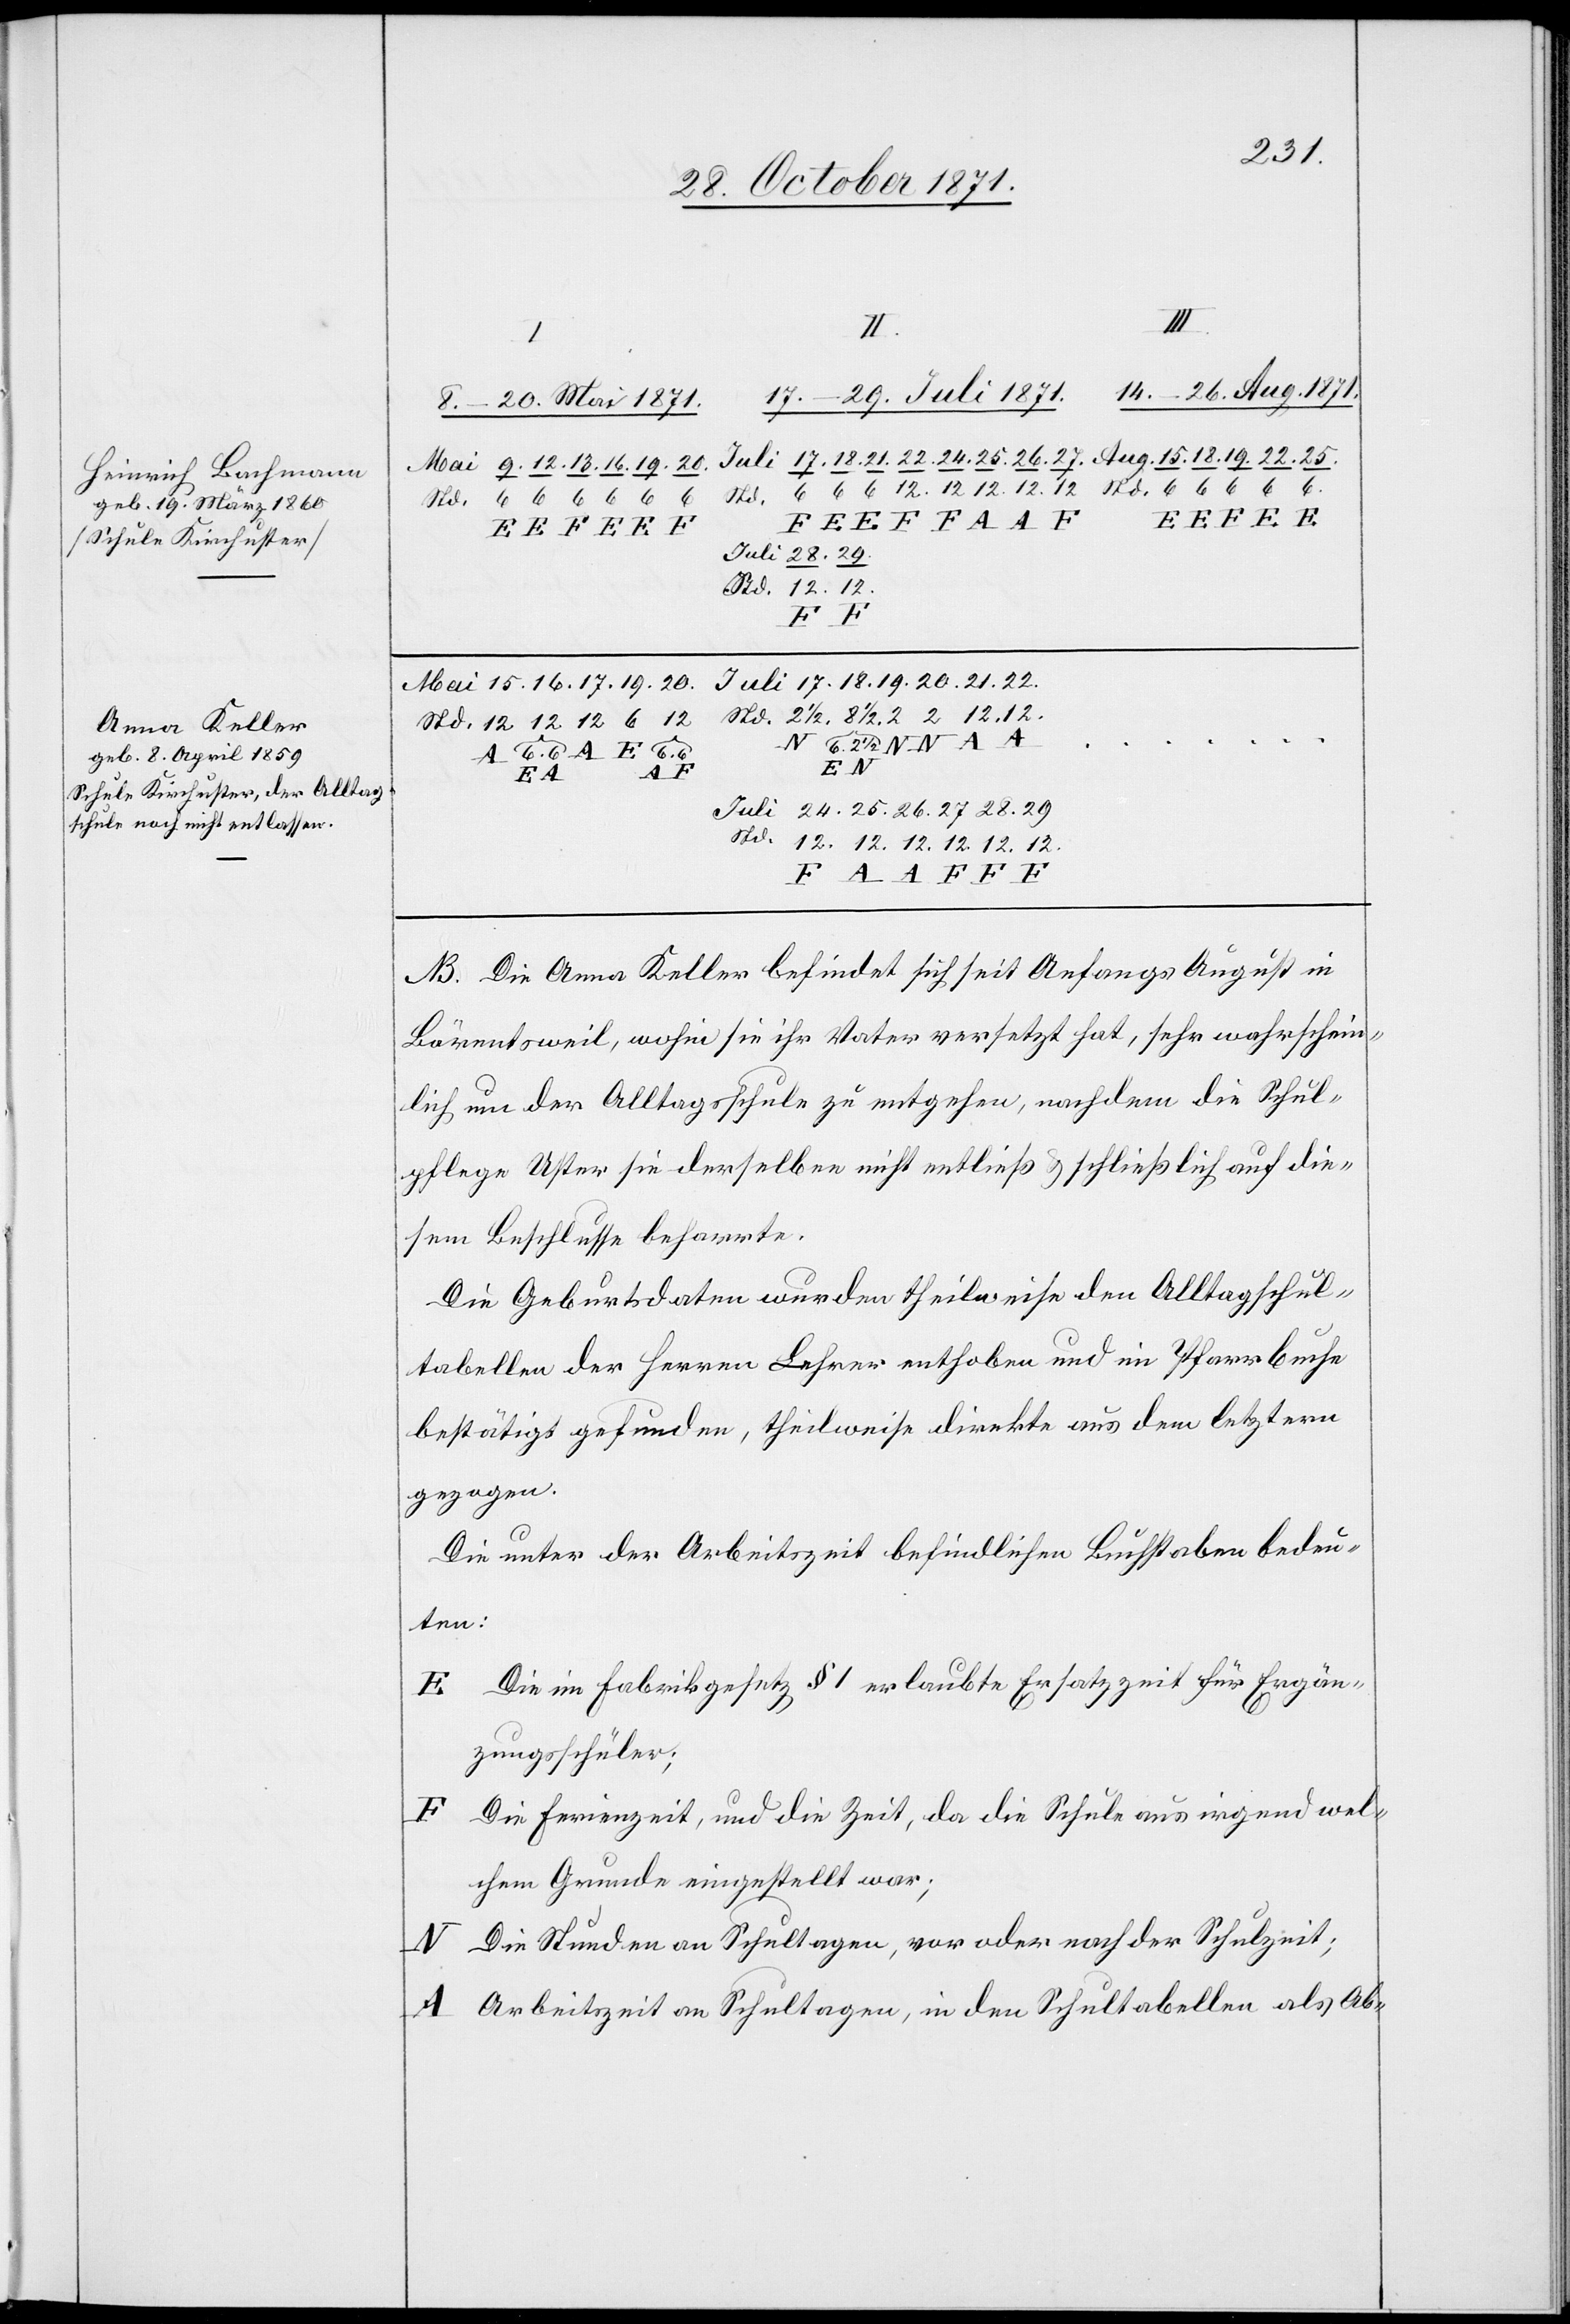
Heinrich Bachmann
geb. 19. März 1860
Schule Kirchuster,
Anna Keller
geb. 8. April 1859

29.
12
20.
6. 2 1/2
Std.
8 1/2
24.
25.
D] Die Anna Keller befindet sich seit Anfangs August in
Bärentsweil, wohin sie ihr Vater versetzt hat, sehr wahrschein¬
lich um der Alltagsschule zu entgehen, nachdem die Schul¬
e Uster sie derselben nicht entließ & schließlich auf die¬
sem Beschlusse beharrte.
Die Geburtsdaten wurden theilweise den Alltagschul¬
tabellen der Herren Lehrer enthoben und im Pfarrbuche
bestätigt gefunden, theilweise direkte aus dem letztern
gezogen.
Die unter der Arbeitszeit befindlichen Buchstaben bedeu¬
ten:
E Die im Fabrikgesetz § 1 erlaubte Ersatzzeit für Ergän¬
zungsschüler;
F
Die Freizeit, und die Zeit, da die Schule aus irgendwel¬
chen Gründen eingestellt war;
Die Stunden an Schultagen, vor oder nach der Schulzeit;
A Arbeitszeit an Schultagen, in den Schultabellen als Ab-